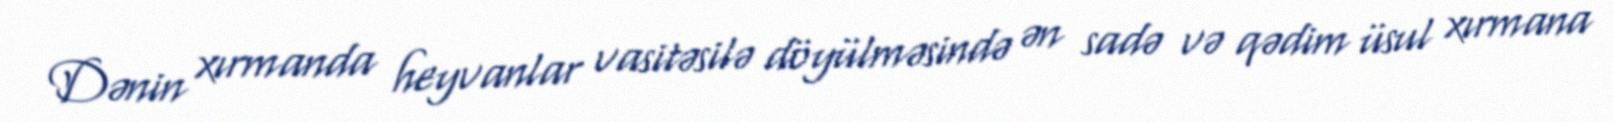
Dənin xırmanda heyvanlar vasitəsilə döyülməsində ən sadə və qədim üsul xırmana